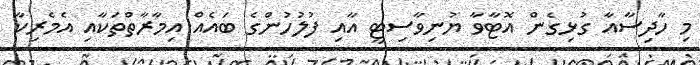
މި ހާދިސާއާ ގުޅިގެން އޮޓާވާ ޔުނިވާސިޓީ އާއި ފުލުހުންގެ ބައެއް އިމާރާތްތަކާއި އެމެރިކާ